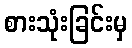
စားသုံးခြင်းမှ